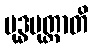
ဗုဒ္ဓပုတ္တာတိ